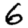
Digit: 6